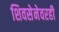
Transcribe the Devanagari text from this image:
शिवसेनेवरही